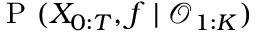
\mathrm { ~ P ~ } ( X _ { 0 : T } , f \mid \mathcal { O } _ { 1 : K } )